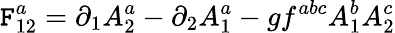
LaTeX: \mathtt{F}_{12}^{a}=\partial_{1}A_{2}^{a}-\partial_{2}A_{1}^{a}-gf^{abc}A_{1}^{b}A_{2}^{c}